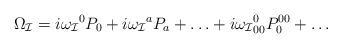
\begin{align*}\Omega_{\cal I}=i{\omega_{\cal I}}^0 P_0+i{\omega_{\cal I}}^a P_a+\ldots+i{\omega_{\cal I}}^0_{00} P^{00}_0+\ldots\end{align*}